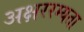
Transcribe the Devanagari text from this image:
अक्षररम्यता